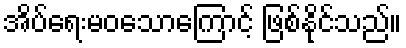
အိပ်ရေးမဝသောကြောင့် ဖြစ်နိုင်သည်။